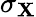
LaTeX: \sigma_{\mathbf{X}}